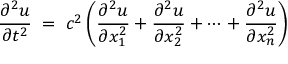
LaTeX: { \frac { \partial ^ { 2 } u } { \partial t ^ { 2 } } } \; = \; c ^ { 2 } \left( { \frac { \partial ^ { 2 } u } { \partial x _ { 1 } ^ { 2 } } } + { \frac { \partial ^ { 2 } u } { \partial x _ { 2 } ^ { 2 } } } + \cdots + { \frac { \partial ^ { 2 } u } { \partial x _ { n } ^ { 2 } } } \right)